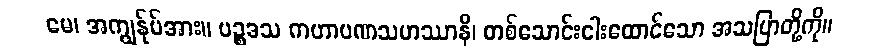
မေ၊ အကျွန်ုပ်အား။ ပဉ္စဒသ ကဟာပဏသဟဿာနိ၊ တစ်သောင်းငါးထောင်သော အသပြာတို့ကို။